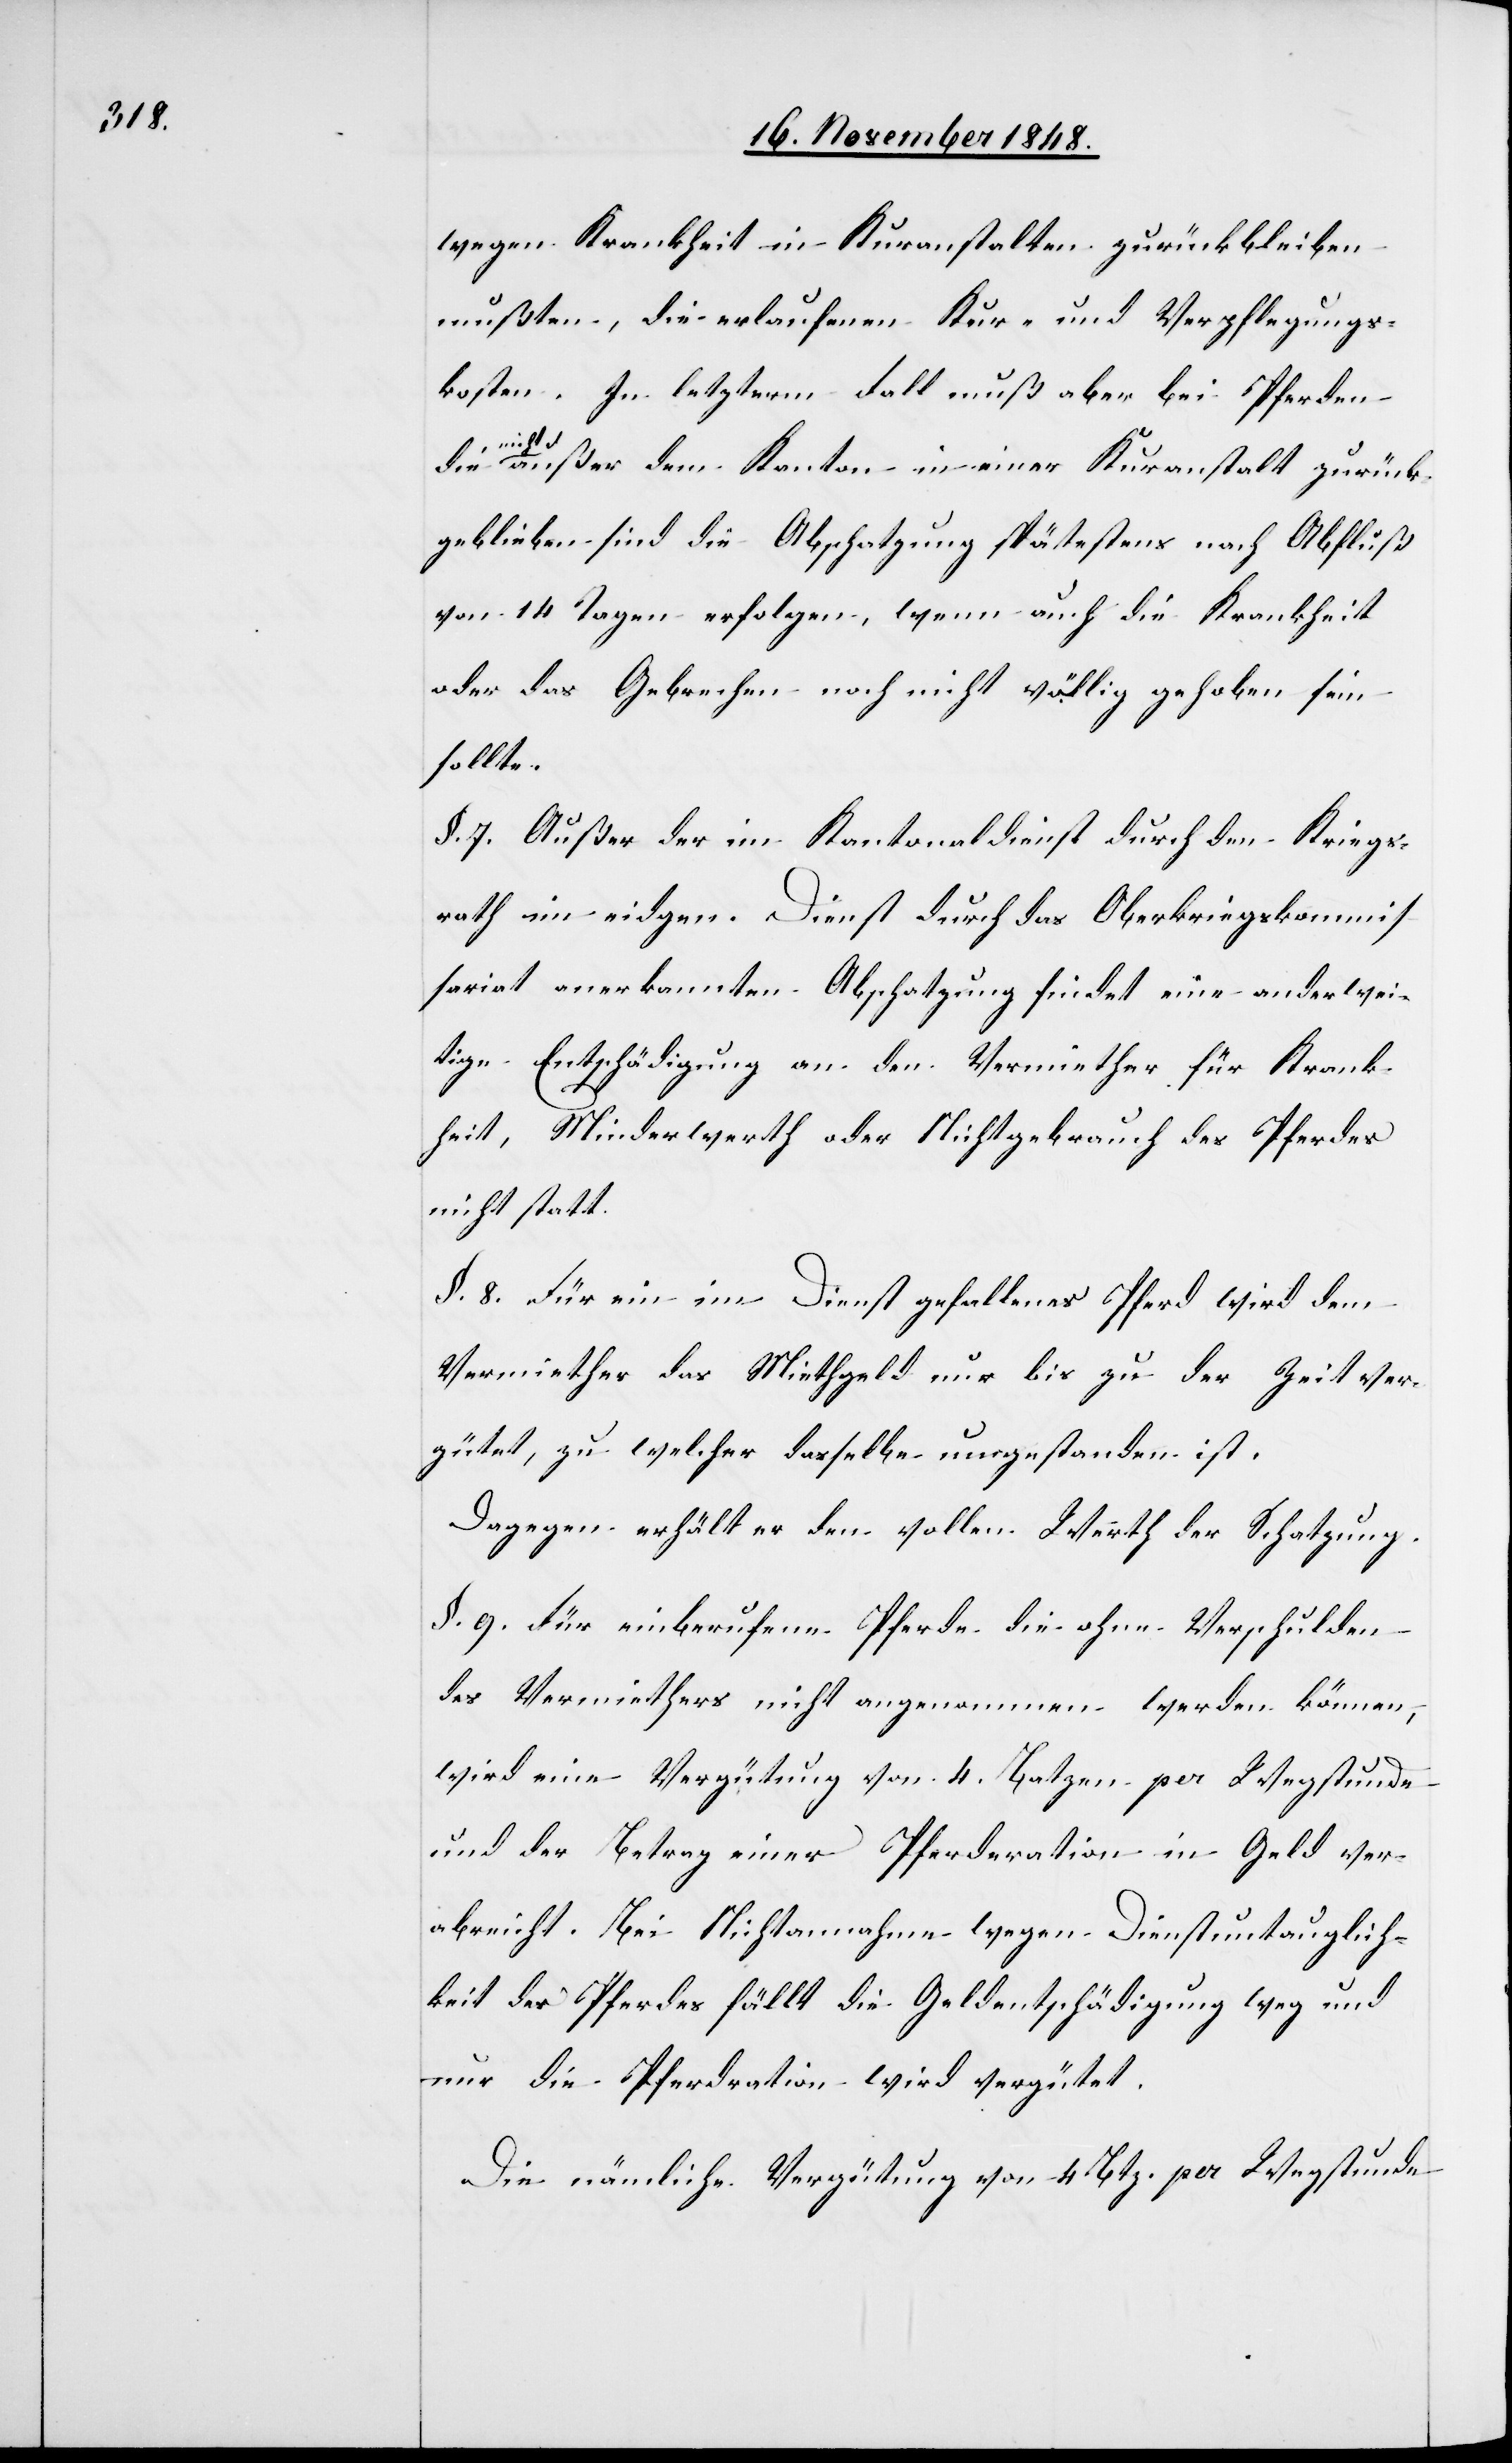
wegen Krankheit in Kuranstalten zurückbleiben
mußten, die erlaufenen Kur- und Verpflegungs¬
kosten. In letzterm Fall muß aber bei Pferden
nich¬
t außer dem Kanton in einer Kuranstalt zurück¬
geblieben sind die Abschatzung spätestens nach Abfluß
von 14. Tagen erfolgen, wenn auch die Krankheit
oder das Gebrechen noch nicht völlig gehoben sein
sollte.
§. 7. Außer der im Kantonaldienst durch den Kriegs¬
rath in eidgen. Dienst durch das Oberkriegskommis¬
sariat anerkannten Abschatzung findet eine anderwei¬
tige Entschädigung an den Vermiether für Krank¬
heit, Minderwerth oder Nichtgebrauch des Pferdes
nicht statt.
§. 8. Für ein im Dienst gefallenes Pferd wird dem
Vermiether das Miethgeld nur bis zu der Zeit ver¬
gütet, zu welcher dasselbe nur gestanden ist.
Dagegen erhält er den vollen Werth der Schatzung.
§. 9. Für einberufene Pferde die ohne Verschulden
des Vermiethers nicht angenommen werden können,
wird eine Vergütung von 4. Batzen pro Wegstunde
und der Betrag einer Pferderation in Geld ver¬
abreicht. Bei Nichtannahme wegen Dienstuntauglich¬
keit des Pferdes fällt die Geldentschädigung weg und
nur die Pferderation wird vergütet.
Die nämliche Vergütung von 4. Btz. per Wegstunde